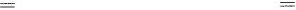
= =